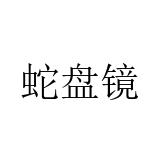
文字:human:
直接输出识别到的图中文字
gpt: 蛇盘镜